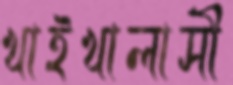
খাইখালাসী